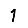
Digit: 1